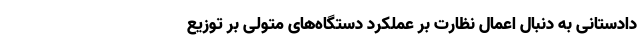
دادستانی به دنبال اعمال نظارت بر عملکرد دستگاه‌های متولی بر توزیع